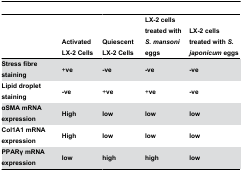
|  | Activated LX-2 Cells | Quiescent LX-2 Cells | LX-2 cells treated with S. mansoni eggs | LX-2 cells treated with S. japonicum eggs |
 | --- | --- | --- | --- | --- |
 | Stress fibre staining | +ve | -ve | -ve | -ve |
 | Lipid droplet staining | -ve | +ve | +ve | -ve |
 | αSMA mRNA expression | High | low | low | low |
 | Col1A1 mRNA expression | High | low | low | low |
 | PPARγ mRNA expression | low | high | high | low |